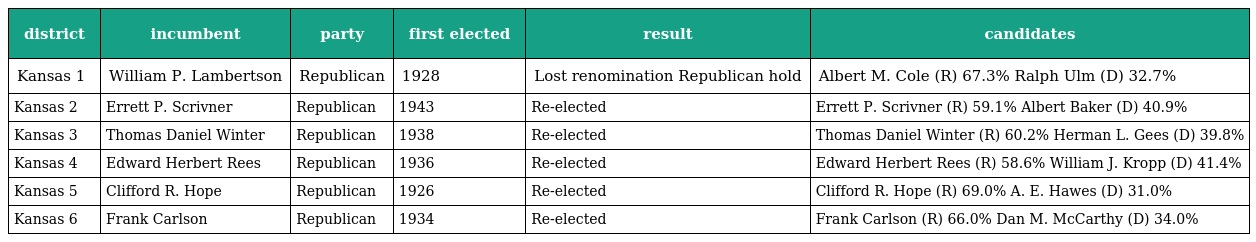
| district | incumbent | party | first elected | result | candidates |
 | --- | --- | --- | --- | --- | --- |
 | Kansas 1 | William P. Lambertson | Republican | 1928 | Lost renomination Republican hold | Albert M. Cole (R) 67.3% Ralph Ulm (D) 32.7% |
 | Kansas 2 | Errett P. Scrivner | Republican | 1943 | Re-elected | Errett P. Scrivner (R) 59.1% Albert Baker (D) 40.9% |
 | Kansas 3 | Thomas Daniel Winter | Republican | 1938 | Re-elected | Thomas Daniel Winter (R) 60.2% Herman L. Gees (D) 39.8% |
 | Kansas 4 | Edward Herbert Rees | Republican | 1936 | Re-elected | Edward Herbert Rees (R) 58.6% William J. Kropp (D) 41.4% |
 | Kansas 5 | Clifford R. Hope | Republican | 1926 | Re-elected | Clifford R. Hope (R) 69.0% A. E. Hawes (D) 31.0% |
 | Kansas 6 | Frank Carlson | Republican | 1934 | Re-elected | Frank Carlson (R) 66.0% Dan M. McCarthy (D) 34.0% |